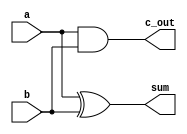
module half_adder(
    output sum,
    output c_out,   // carry out
    input a,
    input b);

xor(sum, a, b);
and(c_out, a, b);

endmodule


module full_adder(
    output sum,
    output c_out,   // carry out
    input a,
    input b,
    input c_in);    // carry in

wire sum_ab;        //  a ^  b
wire c_ab;          //  a && b
wire x;             // (a ^  b) && c_in

half_adder h1(sum_ab, c_ab, a, b);
half_adder h2(sum, x, c_in, sum_ab);
or(c_out, x, c_ab);

endmodule

module adder4(
    output[3:0] sum,
    output c_out,       // carry out
    input[3:0] a, b,    // operands
    input c_in);        // carry in

full_adder a1(sum[0], c1,    a[0], b[0], c_in);
full_adder a2(sum[1], c2,    a[1], b[1], c1);
full_adder a3(sum[2], c3,    a[2], b[2], c2);
full_adder a4(sum[3], c_out, a[3], b[3], c3);

endmodule

module adder6(
		output[5:0] sum,
		output c_out,
		input[5:0] a,b,
		input c_in);

adder4     a1(sum[3:0],     c4, a[3:0], b[3:0], c_in);
full_adder a2(sum[4]  ,     c5, a[4],   b[4],     c4);
full_adder a3(sum[5]  ,  c_out, a[5],   b[5],     c5);

endmodule

module adder11(
    output[11:0] sum,
    input[10:0] a,
    input[10:0] b);

full_adder a_1(sum[0], c_out1, a[0], b[0], 1'b0);
adder4     a_2(sum[4:1], c_out2, a[4:1], b[4:1], c_out1);
adder6     a_3(sum[10:5], sum[11], a[10:5], b[10:5], c_out2);


endmodule